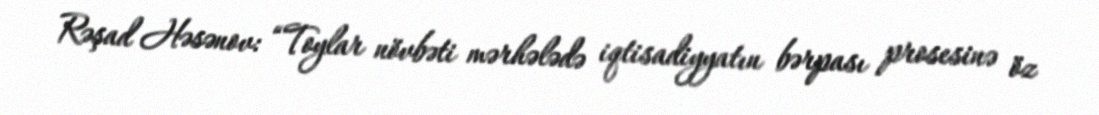
Rəşad Həsənov: “Toylar növbəti mərhələdə iqtisadiyyatın bərpası prosesinə öz